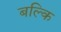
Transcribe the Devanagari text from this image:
बल्कि